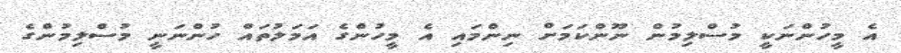
އެ މީހުންނަކީ މުސްލިމުން ނޫންކަމަށް ނިންމައި އެ މީހުންގެ އަމަލުތައް ހުންނަނީ މުސްލިމުންގެ